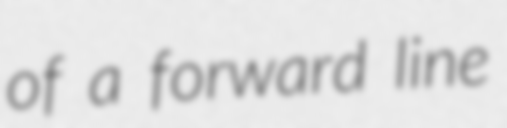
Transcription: of a forward line